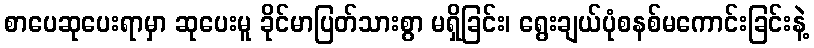
စာပေဆုပေးရာမှာ ဆုပေးမူ ခိုင်မာပြတ်သားစွာ မရှိခြင်း၊ ရွေးချယ်ပုံစနစ်မကောင်းခြင်းနဲ့